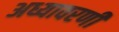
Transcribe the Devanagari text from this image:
अध्यावरणी